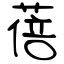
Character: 蓓